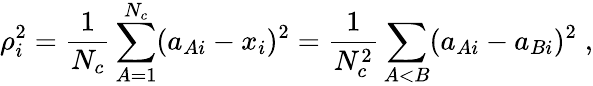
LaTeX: \rho_{i}^{2}=\frac{1}{N_{c}}\sum_{A=1}^{N_{c}}(a_{Ai}-x_{i})^{2}=\frac{1}{N_{c}^{2}}\sum_{A<B}(a_{Ai}-a_{Bi})^{2}\; ,